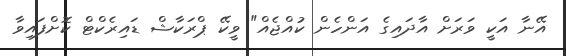
އޭނާ އަކީ ވަރަށް އާދައިގެ އަންހެން ކުއްޖެއް" ވީކޭ ޕްރަކާޝް ޑައިރެކްޓް ކޮށްފައިވާ